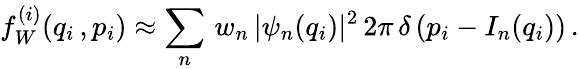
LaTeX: f_{W}^{(i)}(q_{i}\, ,p_{i})\approx\sum_{n}^{}\, w_{n}\, |\psi_{n}(q_{i})|^{2}\, 2\pi\, \delta\left(p_{i}-I_{n}(q_{i})\right)\, .